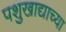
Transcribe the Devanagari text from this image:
पशुखाद्याच्या